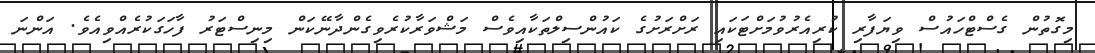
މިގޮތުން ގެސްޓްހައުސް ވިޔަފާރި ކުރިއެރުވުމަށްޓަކައި ރަށްރަށުގެ ކައުންސިލްތަކާއިވެސް މަޝްވަރާކުރެވިގެންދާނޭކަން މިނިސްޓަރު ފާހަގަކުރެއްވިއެވެ. އަންނަ